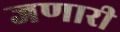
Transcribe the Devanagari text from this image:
जणारी